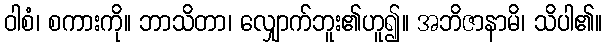
ဝါစံ၊ စကားကို။ ဘာသိတာ၊ လျှောက်ဘူး၏ဟူ၍။ အဘိဇာနာမိ၊ သိပါ၏။